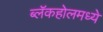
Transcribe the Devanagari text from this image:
ब्लॅकहोलमध्ये